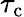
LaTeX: \tau_{\textup{c}}